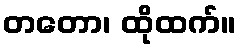
တတော၊ ထိုထက်။